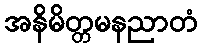
အနိမိတ္တမနညာတံ